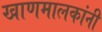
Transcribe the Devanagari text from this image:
खाणमालकांनी